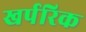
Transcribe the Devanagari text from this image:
खर्परिक